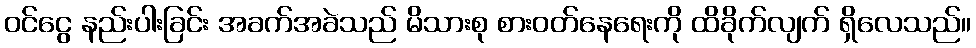
ဝင်ငွေ နည်းပါးခြင်း အခက်အခဲသည် မိသားစု စားဝတ်နေရေးကို ထိခိုက်လျက် ရှိလေသည်။